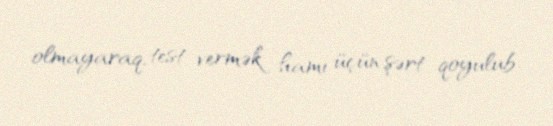
olmayaraq, test vermək hamı üçün şərt qoyulub.